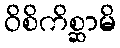
ဝိစိကိစ္ဆာမိ